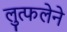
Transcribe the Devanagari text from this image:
लुत्फलेने